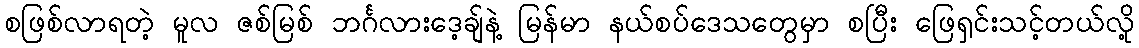
စဖြစ်လာရတဲ့ မူလ ဇစ်မြစ် ဘင်္ဂလားဒေ့ချ်နဲ့ မြန်မာ နယ်စပ်ဒေသတွေမှာ စပြီး ဖြေရှင်းသင့်တယ်လို့